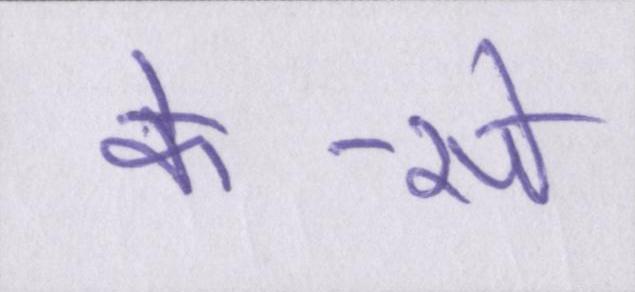
के-से